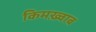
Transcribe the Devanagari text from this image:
किमख़्वाब